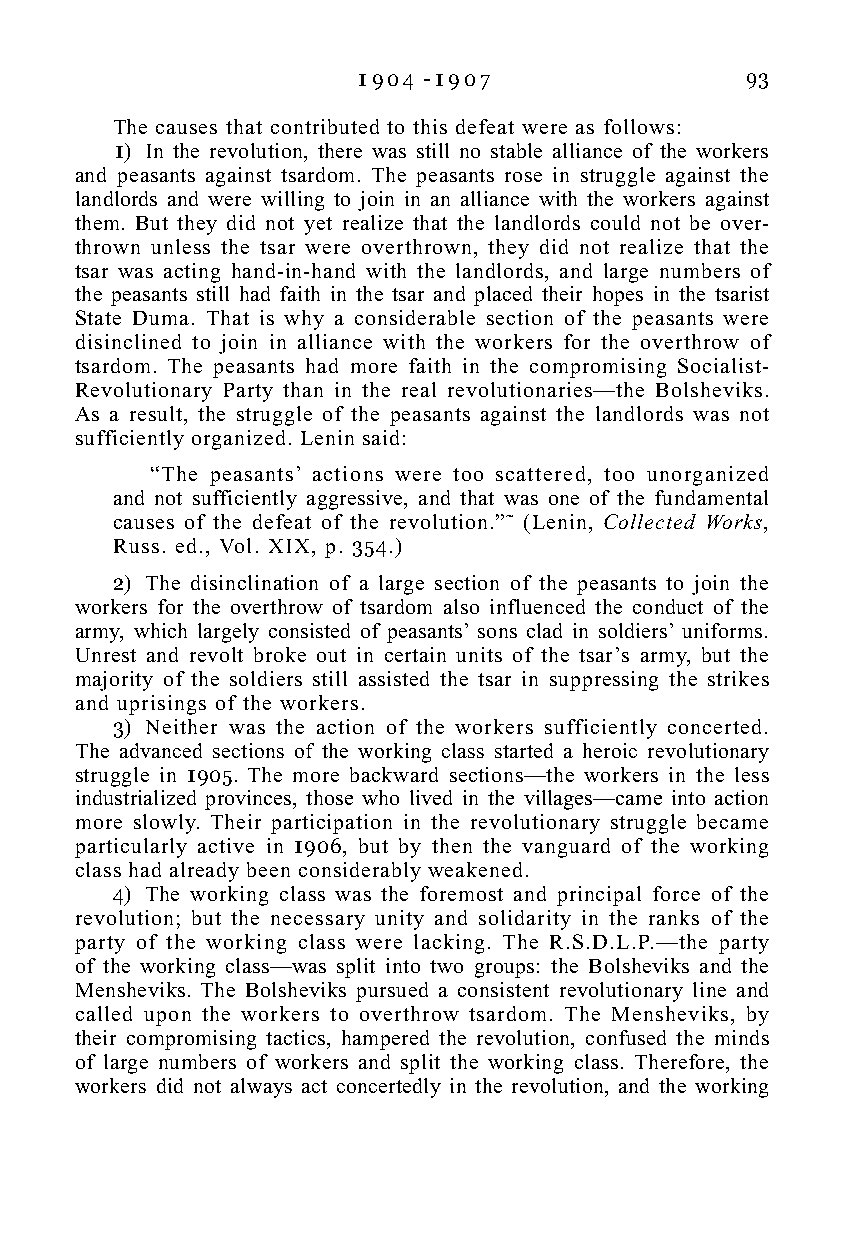
1 9 0 4 - 1 9 0 7        93
 The causes that contributed to this defeat were as follows:
 1) In the revolution, there was still no stable alliance of the workers
 and peasants against tsardom. The peasants rose in struggle against the
 landlords and were willing to join in an alliance with the workers against
 them. But they did not yet realize that the landlords could not be over-
 thrown unless the tsar were overthrown, they did not realize that the
 tsar was acting hand-in-hand with the landlords, and large numbers of
 the peasants still had faith in the tsar and placed their hopes in the tsarist
 State Duma. That is why a considerable section of the peasants were
 disinclined to join in alliance with the workers for the overthrow of
 tsardom. The peasants had more faith in the compromising Socialist-
 Revolutionary Party than in the real revolutionaries—the Bolsheviks.
 As a result, the struggle of the peasants against the landlords was not
 sufficiently organized. Lenin said:
 “The peasants’ actions were too scattered, too unorganized
 and not sufficiently aggressive, and that was one of the fundamental
 causes of the defeat of the revolution.”˜ (Lenin, Collected Works,
 Russ. ed., Vol. XIX, p. 354.)
 2) The disinclination of a large section of the peasants to join the
 workers for the overthrow of tsardom also influenced the conduct of the
 army, which largely consisted of peasants’ sons clad in soldiers’ uniforms.
 Unrest and revolt broke out in certain units of the tsar’s army, but the
 majority of the soldiers still assisted the tsar in suppressing the strikes
 and uprisings of the workers.
 3) Neither was the action of the workers sufficiently concerted.
 The advanced sections of the working class started a heroic revolutionary
 struggle in 1905. The more backward sections—the workers in the less
 industrialized provinces, those who lived in the villages—came into action
 more slowly. Their participation in the revolutionary struggle became
 particularly active in 1906, but by then the vanguard of the working
 class had already been considerably weakened.
 4) The working class was the foremost and principal force of the
 revolution; but the necessary unity and solidarity in the ranks of the
 party of the working class were lacking. The R.S.D.L.P.—the party
 of the working class—was split into two groups: the Bolsheviks and the
 Mensheviks. The Bolsheviks pursued a consistent revolutionary line and
 called upon the workers to overthrow tsardom. The Mensheviks, by
 their compromising tactics, hampered the revolution, confused the minds
 of large numbers of workers and split the working class. Therefore, the
 workers did not always act concertedly in the revolution, and the working